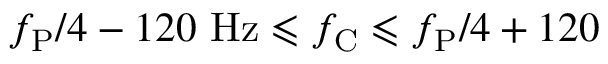
f _ { \mathrm { P } } / 4 - 1 2 0 ~ \mathrm { H z } \leqslant f _ { \mathrm { C } } \leqslant f _ { \mathrm { P } } / 4 + 1 2 0